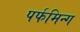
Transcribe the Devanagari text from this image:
पर्फमिन्ग